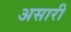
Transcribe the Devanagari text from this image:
असारी